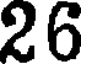
26